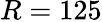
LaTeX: R=125